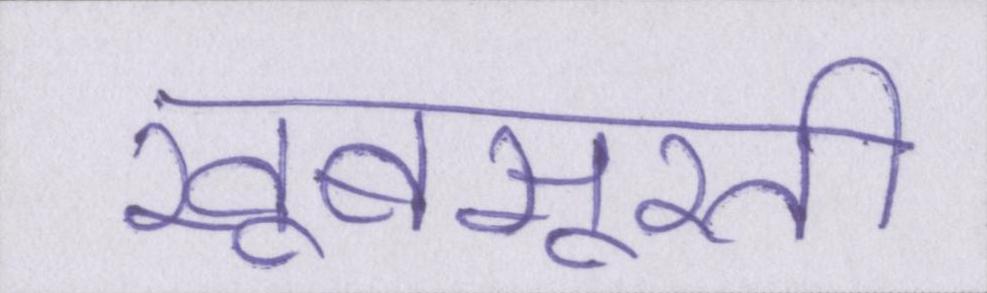
खूबसूरती